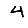
Digit: 4